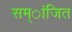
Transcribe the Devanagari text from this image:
सम्ांजित